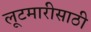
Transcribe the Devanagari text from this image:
लूटमारीसाठी